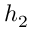
h _ { 2 }